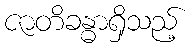
ဇာတိခန္ဓာရှိသည့်